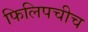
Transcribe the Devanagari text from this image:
फिलिपचीच